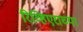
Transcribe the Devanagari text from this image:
रिव्हिएराच्या